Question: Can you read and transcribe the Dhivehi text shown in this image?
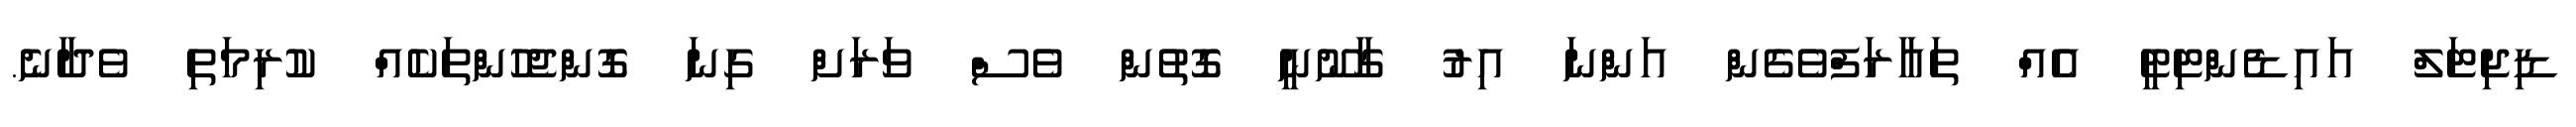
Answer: ޑިޖިޓަލް އައިޑެންޓިޓީ އެއް ތައާރަފްވެގެން އަންނަ އިރު ގާނޫނީ ގޮތުން ވެސް ވަރަށް ގިނަ ގޮންޖެހުންތަކެއް ކުރިމަތި ވެދާނެ.